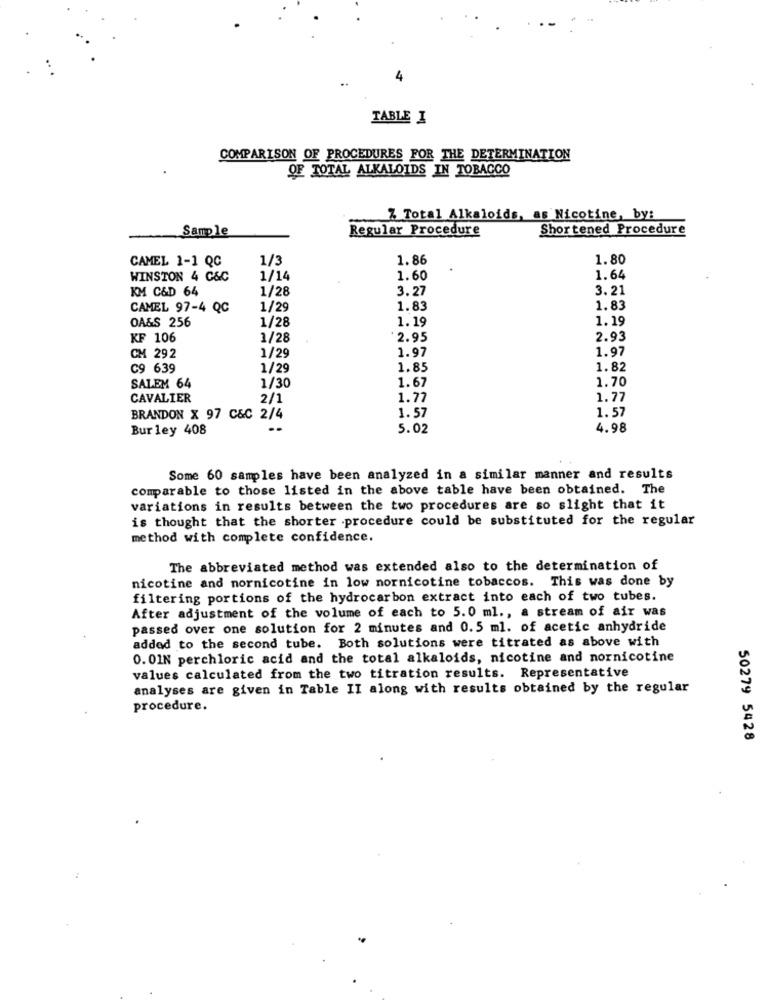
4
TABLE I
COMPARISON OF PROCEDURES FOR THE DETERMINATION
OF TOTAL ALKALOIDS IN TOBACCO
Z Total Alkaloids, as Nicotine, by:
Sample
Regular Procedure
Shortened Procedure
CAMEL 1-1 QC
1/3
1.86
1.80
WINSTON 4 C&C
1/14
1.60
1.64
KM C&D 64
1/28
3.27
3. 21
CAMEL 97-4 QC
1/29
1.83
1.83
OA&S 256
1/28
1.19
1.19
KF 106
1/28
$2.95
2.93
1/29
1.97
1.97
CM 292
C9 639
1/29
1.85
1.82
SALEM 64
1.67
1.70
1/30
CAVALIER
2/1
1.77
1.77
1.57
1.57
BRANDON X 97 C&C 2/4
Bur ley 408
5.02
4.98
Some 60 samples have been analyzed in a similar manner and results
comparable to those listed in the above table have been obtained. The
variations in results between the two procedures are so slight that it
is thought that the shorter procedure could be substituted for the regular
method with complete confidence.
The abbreviated method was extended also to the determination of
nicotine and nornicotine in low nornicotine tobaccos. This was done by
filtering portions of the hydrocarbon extract into each of two tubes.
After adjustment of the volume of each to 5.0 ml ., a stream of air was
passed over one solution for 2 minutes and 0.5 ml. of acetic anhydride
added to the second tube. Both solutions were titrated as above with
0.01N perchloric acid and the total alkaloids, nicotine and nornicotine
values calculated from the two titration results. Representative
analyses are given in Table II along with results obtained by the regular
procedure.
50279 5428